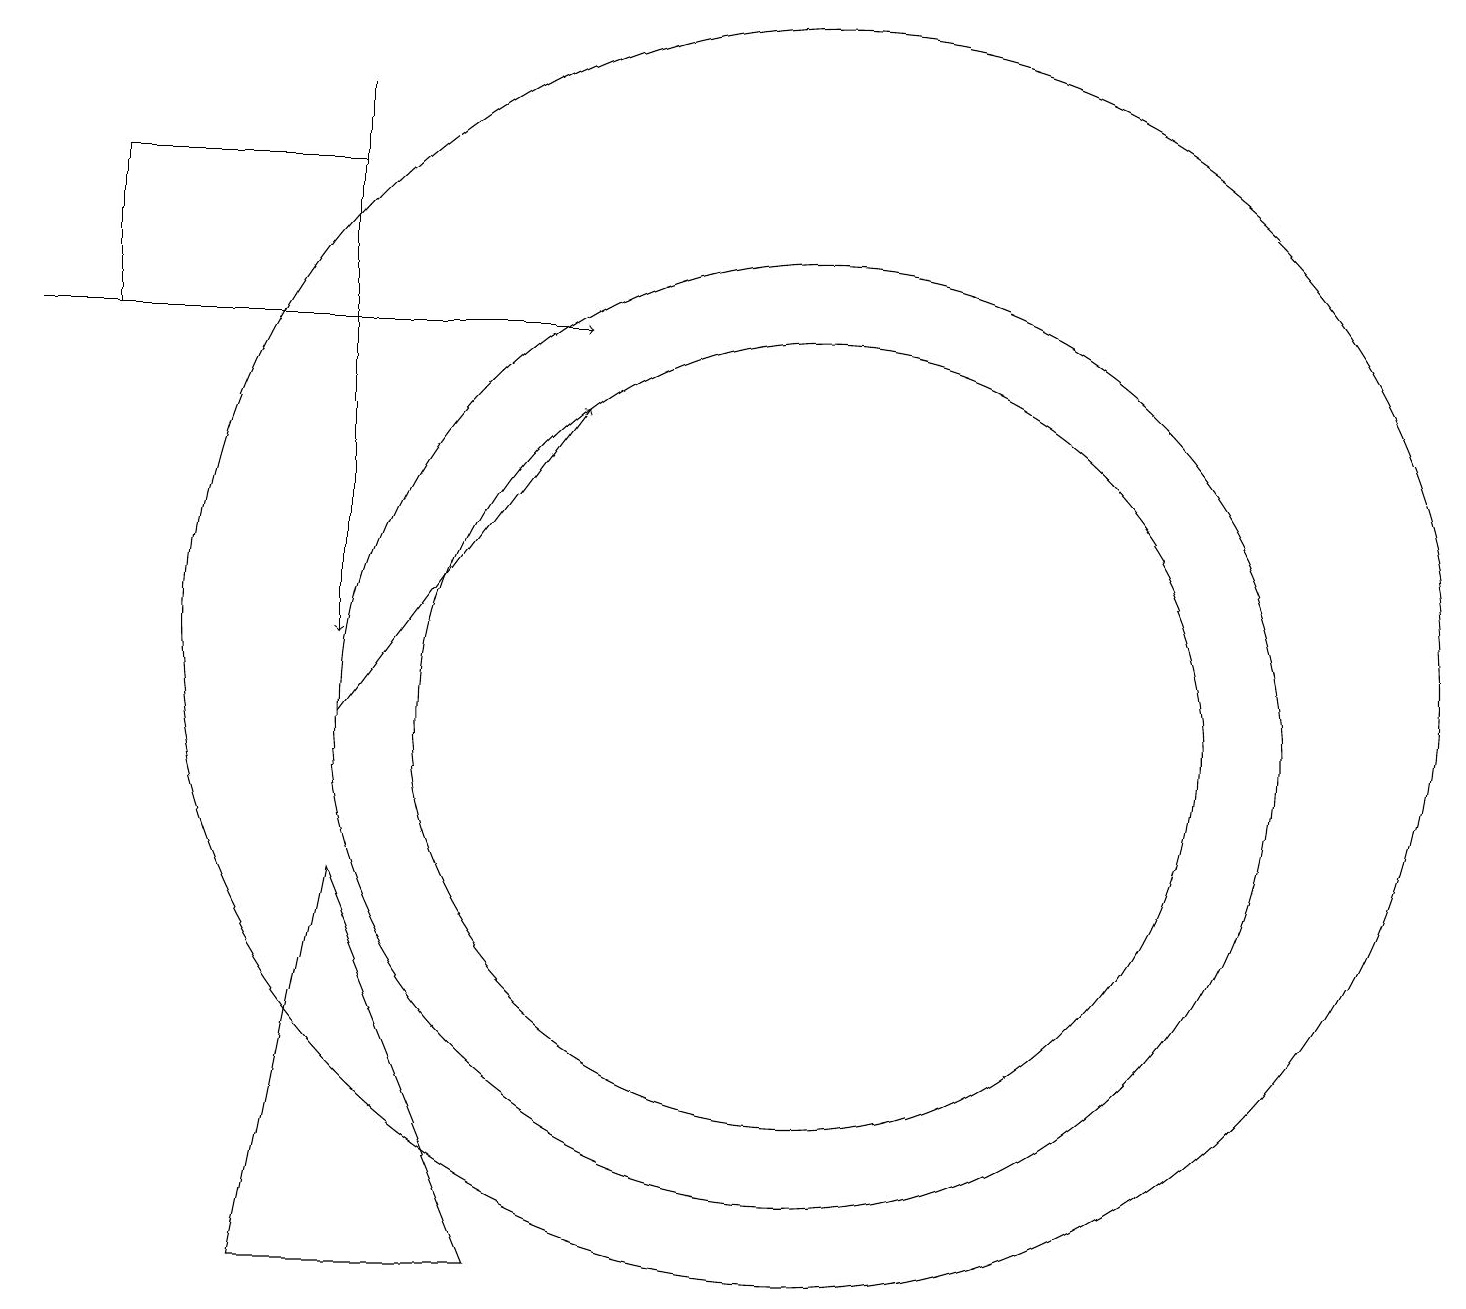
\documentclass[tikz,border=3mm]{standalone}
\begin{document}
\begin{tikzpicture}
\draw (10,11) circle (6);
\draw (10,12) circle (8);
\draw[->] (4,11) -- (7,15);
\draw[->] (4,19) -- (4,12);
\draw (4,18) rectangle (1,16);
\draw (10,11) circle (5);
\draw (4,9) -- (6,4) -- (3,4) -- cycle;
\draw[->] (0,16) -- (7,16);
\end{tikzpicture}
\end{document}